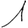
Digit: 1